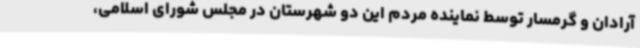
آرادان و گرمسار توسط نماینده مردم این دو شهرستان در مجلس شورای اسلامی،